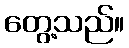
တွေ့သည်။